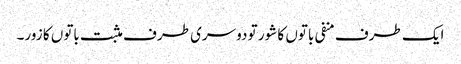
ایک طرف منفی باتوں کا شور تو دوسری طرف مثبت باتوں کا زور۔